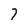
Character: 7